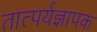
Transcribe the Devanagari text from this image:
तात्पर्यज्ञापक